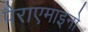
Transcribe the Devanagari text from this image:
पैराएमाइनो